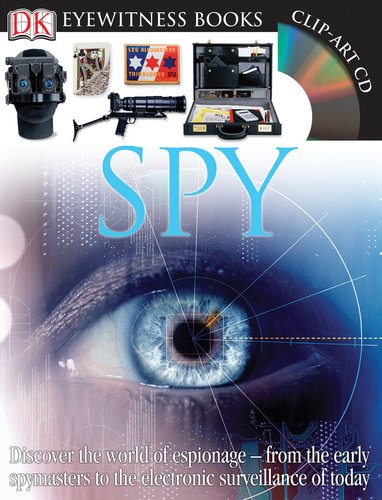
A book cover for Spy (DK Eyewitness Books); Richard Platt; Children's Books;